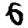
Digit: 6